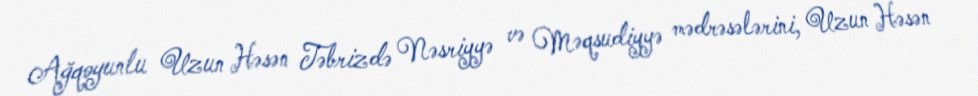
Ağqoyunlu Uzun Həsən Təbrizdə Nəsriyyə və Məqsudiyyə mədrəsələrini, Uzun Həsən